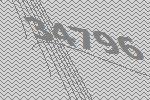
34796